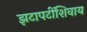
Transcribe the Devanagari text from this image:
झटापटींशिवाय